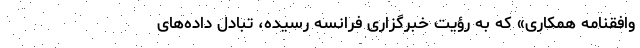
وافقنامه همکاری» که به رؤیت خبرگزاری فرانسه رسیده، تبادل داده‌های